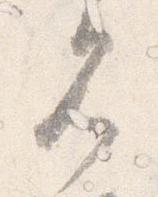
見